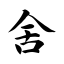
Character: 舍